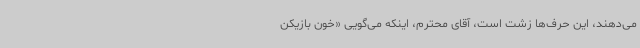
می‌دهند، این حرف‌ها زشت است، آقای محترم، اینکه می‌گویی «خون بازیکن